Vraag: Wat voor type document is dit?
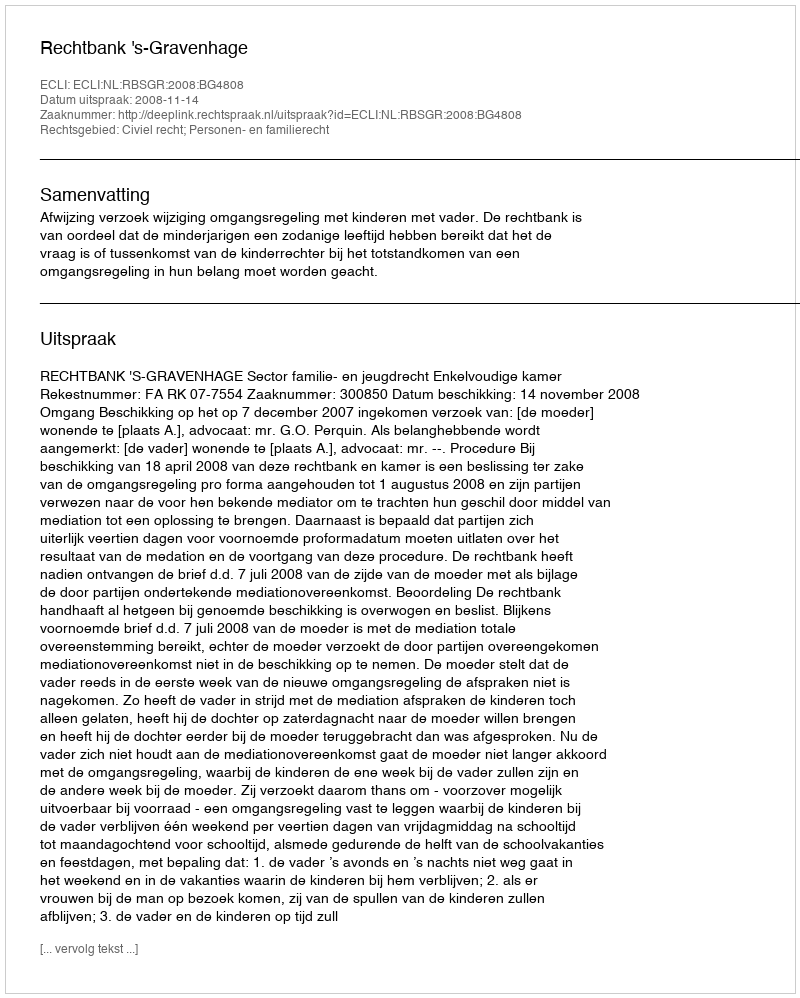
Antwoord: Uitspraak